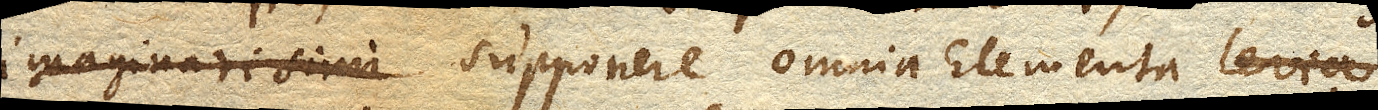
imaginari simi supponere omnia Elementa levia